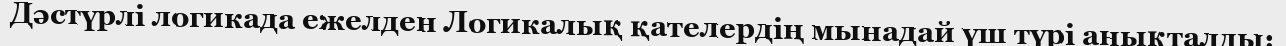
Дәстүрлі логикада ежелден Логикалық қателердің мынадай үш түрі анықталды: